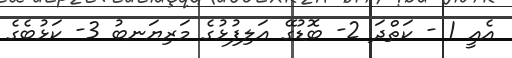
އެއީ 1 - ކަތްދަ 2- ބޮޑުގޭ ޢަލިފުޅުގެ މަރިޔަނބު 3- ކަޅުބެގެ